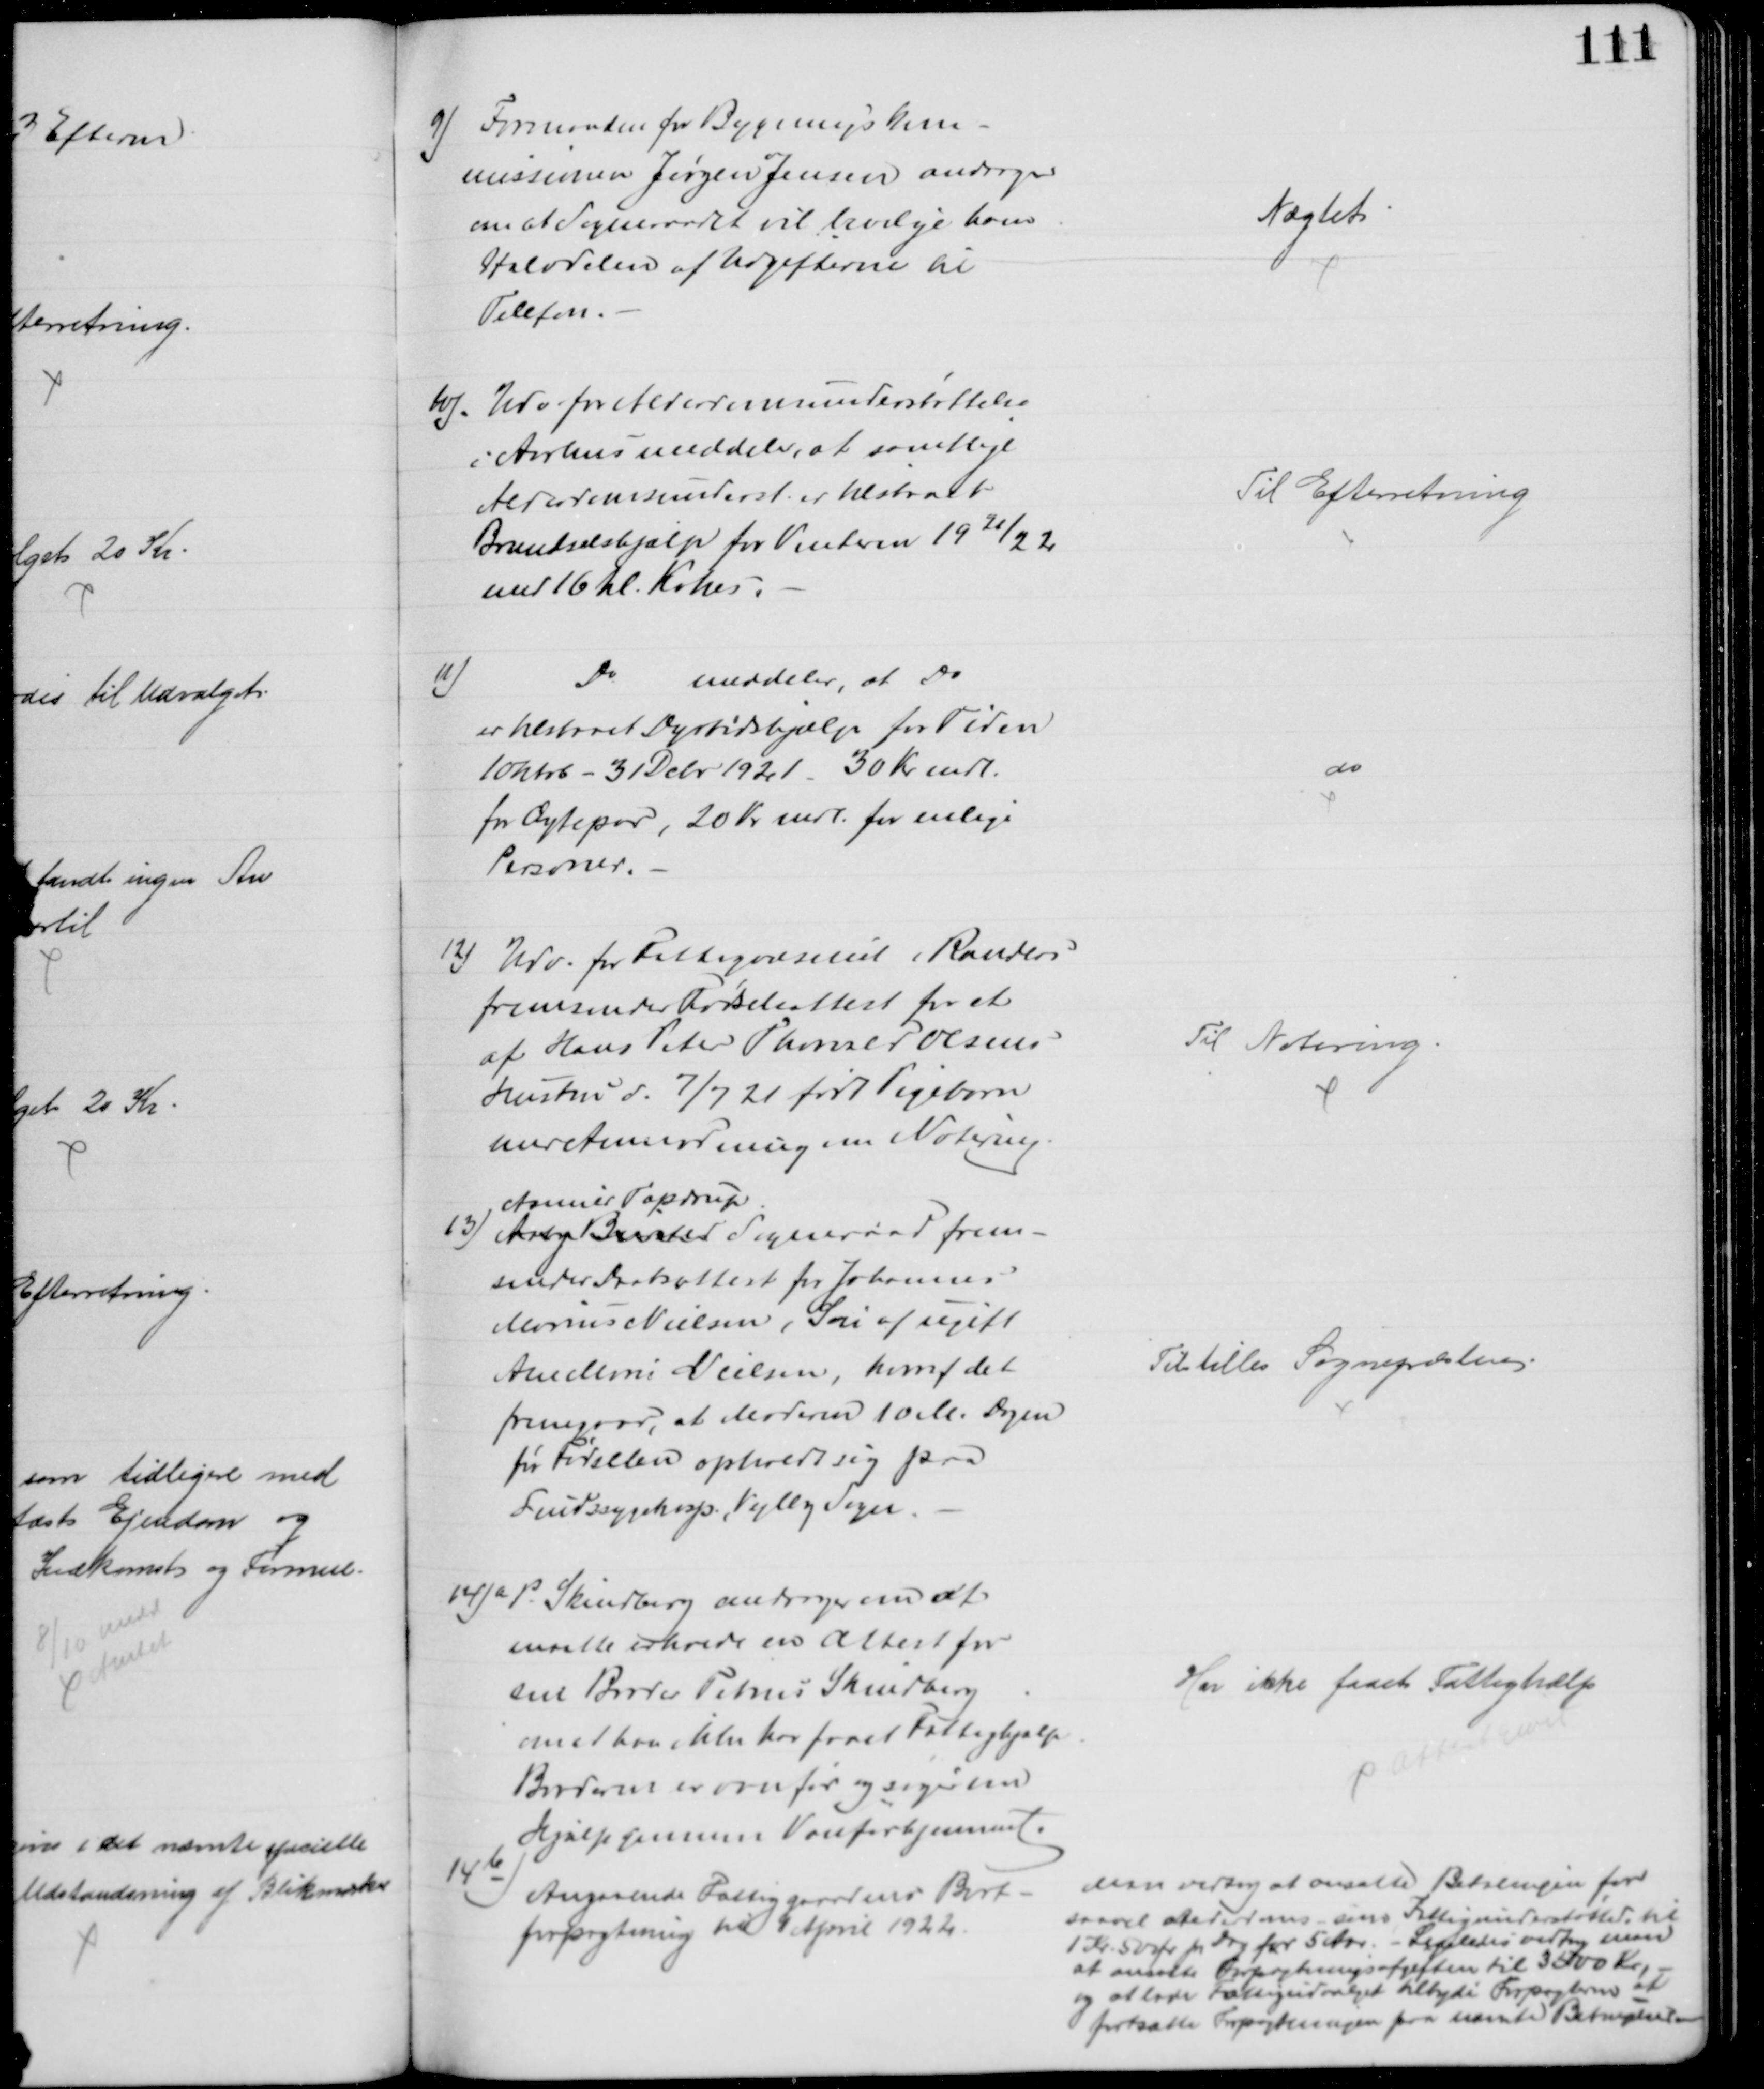
Transskription:
9) Formanden for Bygningskom-
missionen Jørgen Jensen andrager
om at Sogneraadet vil bevilge ham
Halvdelen af Udgifterne til
Telefon.
Nægtet
10). Udv for Aldersomsunderstøttelse
i Aarhus meddeler, at samtlige
Alderdomsunderst er tilstaaet
Brændselshjælp for Vinteren 1921/22
med 16 hl. Kokes.
Til Efterretning
11)
Do
meddeler, at Do
er tilstaaet Dyrtidshjælp for Tiden
1 Oktob - 31 Debr 1921 30 Kr mdl.
for Ægtepar, 20 Kr mdl. for enlige
Personer.
do
2) Udv. for Fattigvæsenet i Randers
fremsender Fødselsattest for et
af Hans Peter Thorvald Olsens
Hustru d. 7/7 21 født Pigebarn
med Anmodning om Notering
Til Notering.
13) Aaby Biersted
Asmild Tapdrup
Sogneraad frem-
sender Daabsattest for Johannes
Marius Nielsen, Søn af ugift
Ane Marie Nielsen, hvoraf det
fremgaar, at Moderen 10 M. Dagen
før Fødselen opholdt sig paa
Sindssygehosp. Vejlby Sogn.
Tilstilles Sognepræsten.
14)a P. Skindberg andrager om at
maatte erholde en Attest for
sin Broder Petrus Skindberg
om at han ikke har faaet Fattighjælp
Broderen er vanfør og søger om
Hjælp gennem Vanførehjemmet.
Har ikke faaet Fattighjælp
Attesteret
14b)
Angaaende Fattiggaardens Bort-
forpagtning til 1 April 1922.
Man vedtog at ansætte Betalingen for
saavel alderdoms som Fattigunderstøttede til
1 Kr 50 Ør pr Dag for 5 Aar. - Ligeledes vedtog man
at ansætte Omkostningsafgiften til 3500 Kr.
og at lade Fattigudvalget tilbyde Forpagterne at
fortsætte Forpagtningen paa nævnte Betingelser